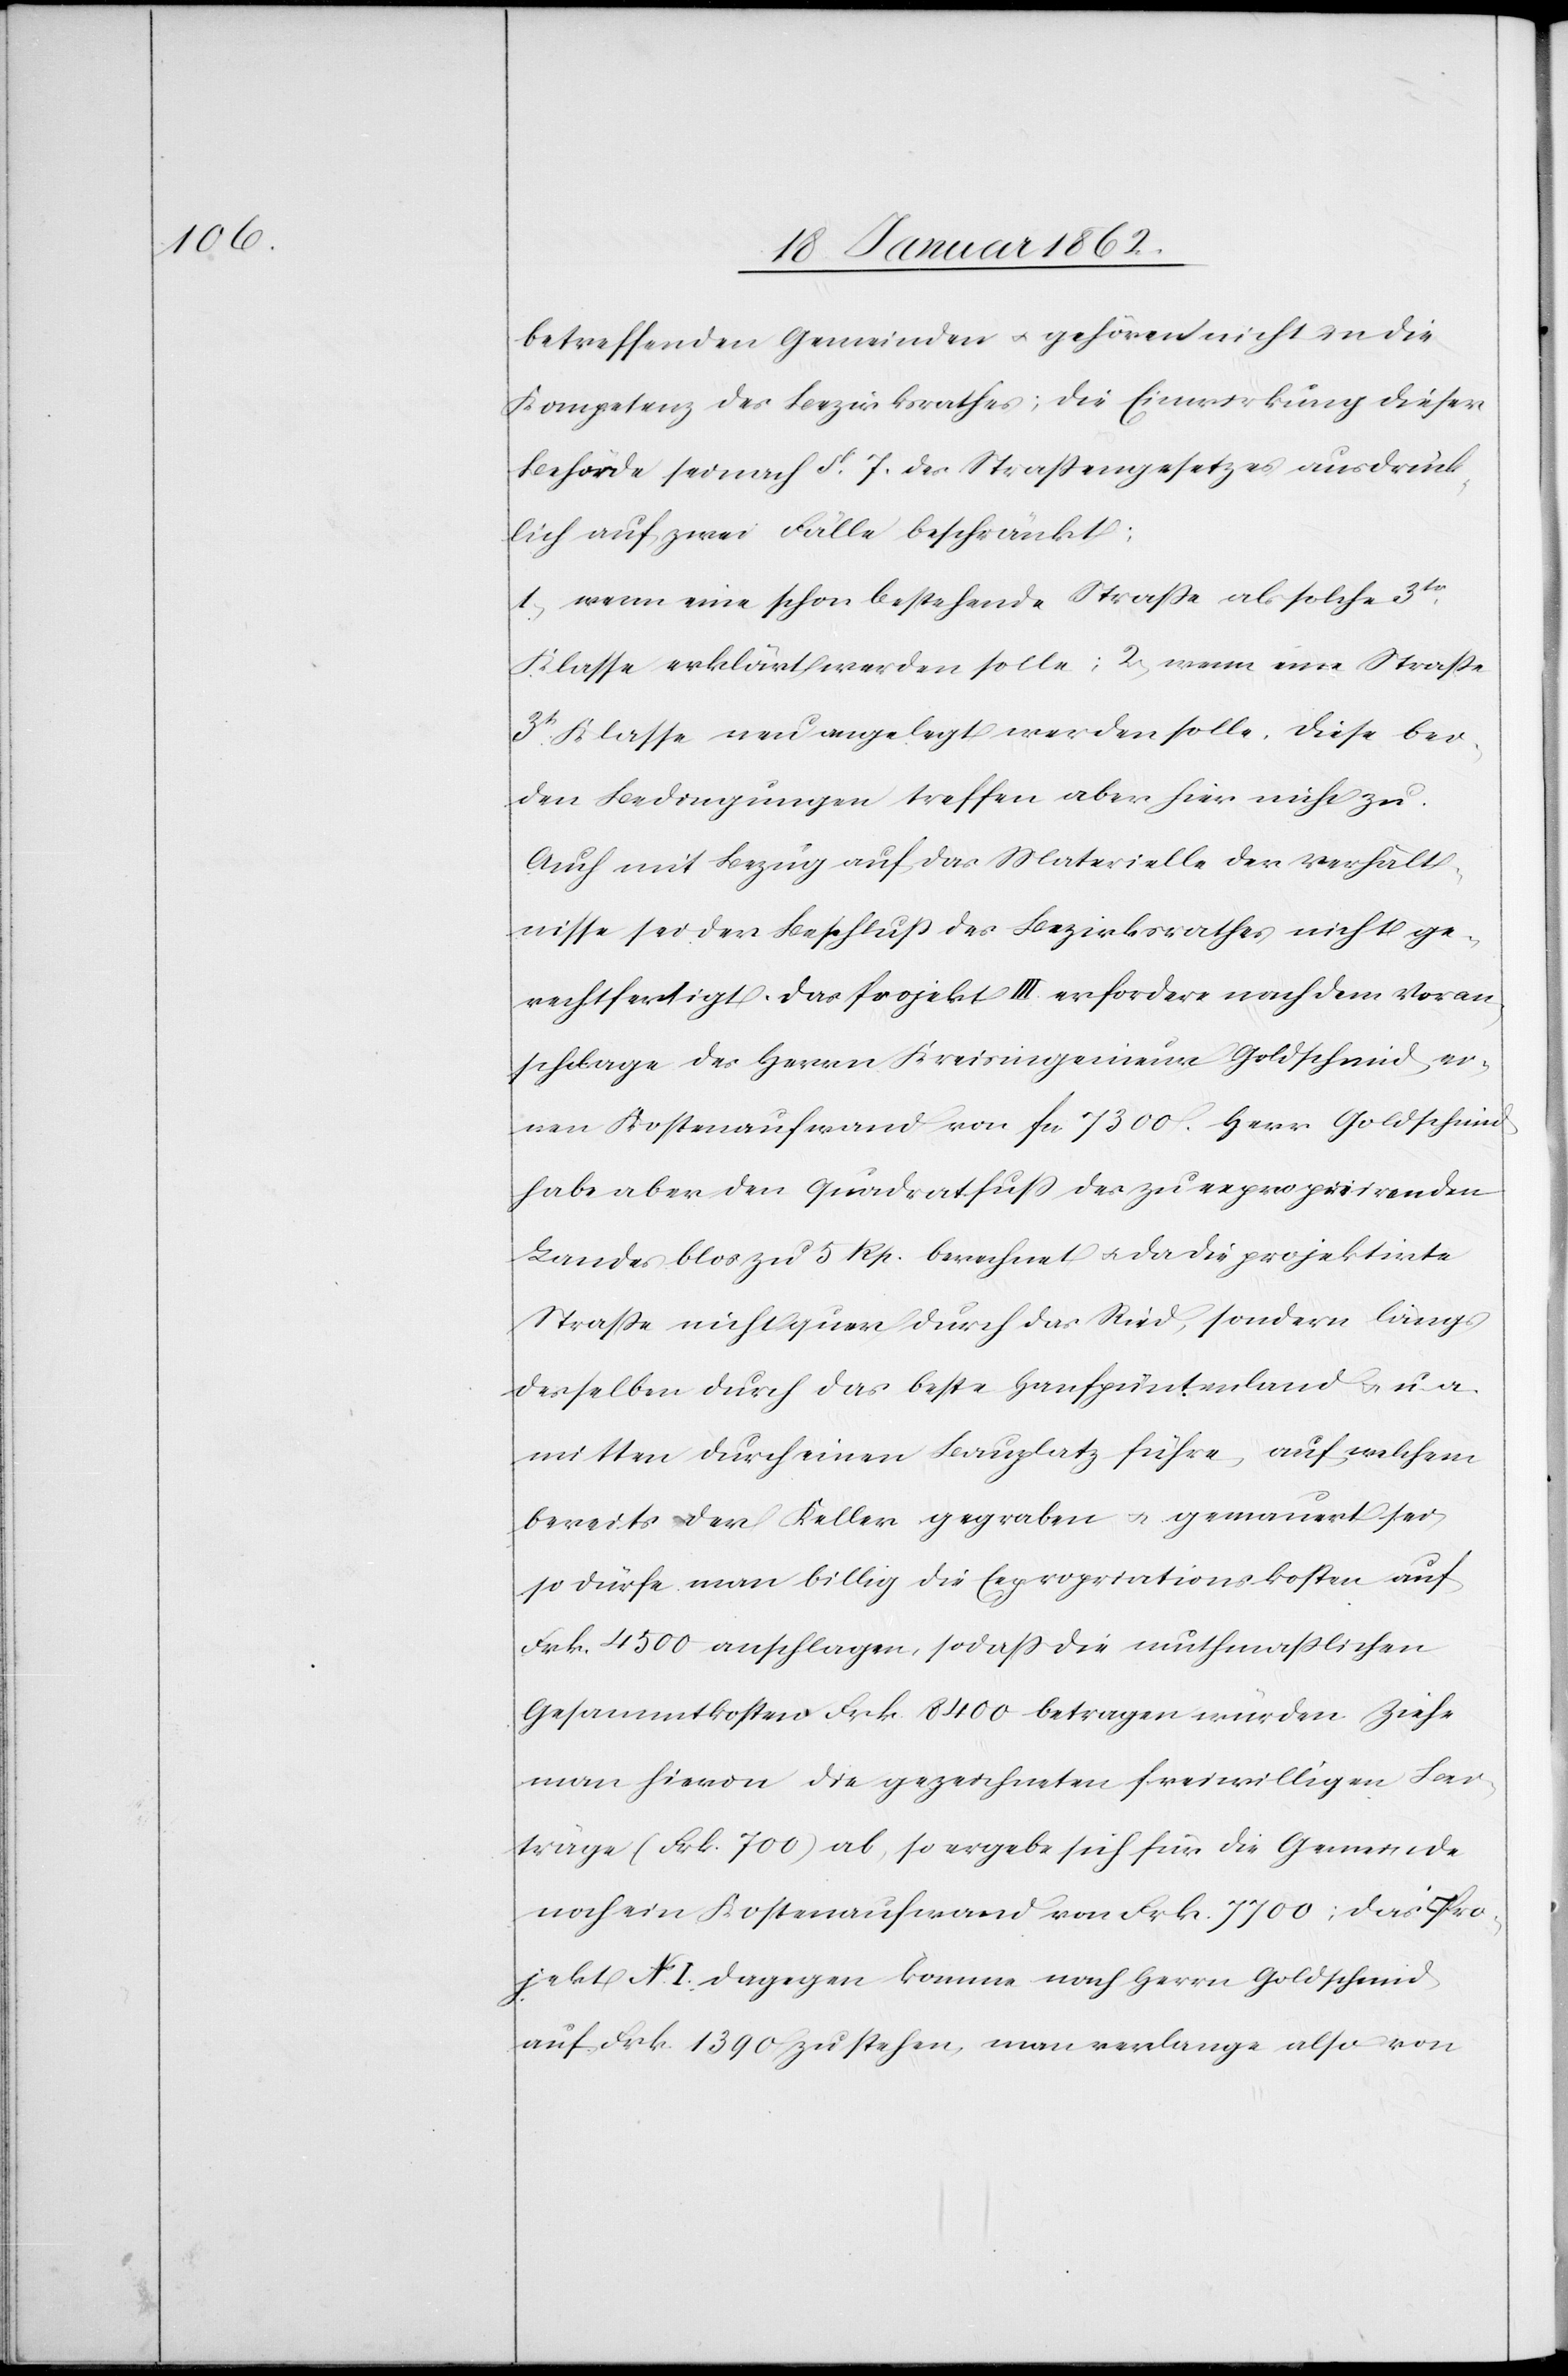
betreffenden Gemeinden u. gehören nicht in die
Kompetenz des Bezirksrathes; die Einwirkung dieser
Behörde sei nach §. 7. des Straßengesetzes ausdrück¬
lich auf zwei Fälle beschränkt:
1) wenn eine schon bestehende Straße als solche 3tr.
Klasse erklärt werden solle; 2) wenn eine Straße
3tr. Klasse neu angelegt werden solle. Diese bei¬
den Bedingungen treffen aber hier nicht zu.
Auch mit Bezug auf das Materielle der Verhält¬
nisse sei der Beschluß des Bezirksrathes nicht ge¬
rechtfertigt. Das Projekt III. erfordere nach dem Voran¬
schlage des Herrn Kreisingenieur Goldschmid ei¬
nen Kostenaufwand von fcs 7300. Herr Goldschmid
habe aber den Quadratfuß des zu exproprirenden
Landes blos zu 5 Rp. berechnet u. da die projektirte
Straße nicht quer durch das Ried, sondern längs
desselben durch das beste Hanfpüntenland u. u. a.
mitten durch einen Bauplatz führe, auf welchem
bereits der Keller gegraben u. gemauert sei,
so dürfe man billig die Expropriationskosten auf
Frk. 4500 anschlagen, so daß die muthmaßlichen
Gesammtkosten Frk. 8400 betragen würden. Ziehe
man hievon die gezeichneten freiwilligen Be¬
träge (Frk. 700) ab, so ergebe sich für die Gemeinde
noch ein Kostenaufwand von Frk. 7700; das Pro¬
jekt N. I. dagegen komme nach Herrn Goldschmid
auf Frk 1390 zu stehen, man verlange also von